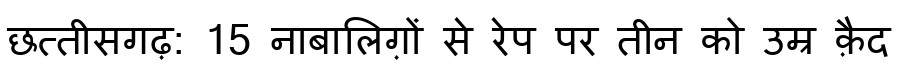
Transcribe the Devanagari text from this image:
छत्तीसगढ़: 15 नाबालिग़ों से रेप पर तीन को उम्र क़ैद